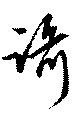
歌